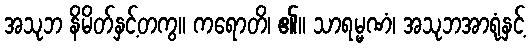
အသုဘ နိမိတ်နှင့်တကွ။ ကရောတိ၊ ၏။ သာရမ္မဏံ၊ အသုဘအာရုံနှင့်